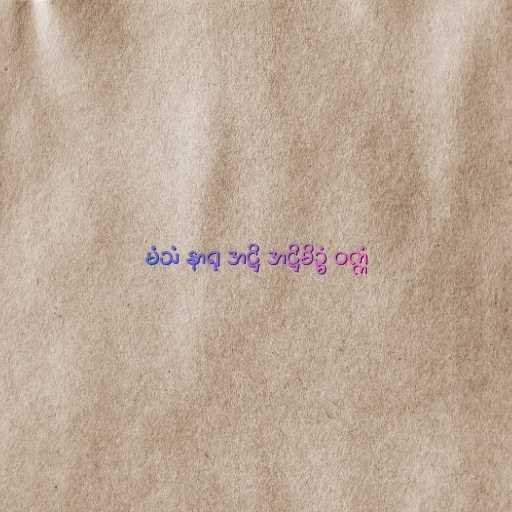
မံသံ နာရု အဋ္ဌိ အဋ္ဌိမိဥ္စံ ဝက္ကံ